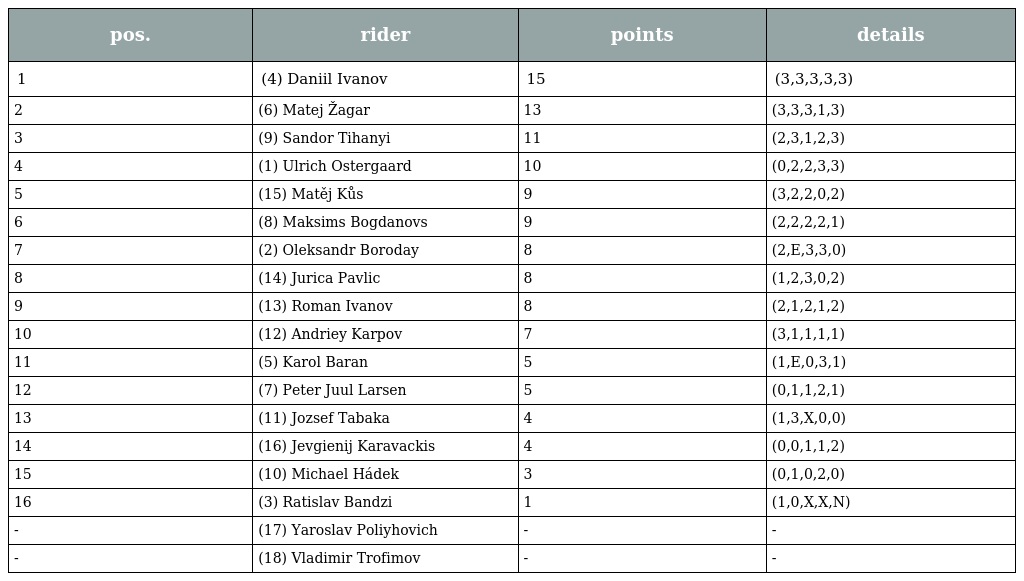
| pos. | rider | points | details |
 | --- | --- | --- | --- |
 | 1 | (4) Daniil Ivanov | 15 | (3,3,3,3,3) |
 | 2 | (6) Matej Žagar | 13 | (3,3,3,1,3) |
 | 3 | (9) Sandor Tihanyi | 11 | (2,3,1,2,3) |
 | 4 | (1) Ulrich Ostergaard | 10 | (0,2,2,3,3) |
 | 5 | (15) Matěj Kůs | 9 | (3,2,2,0,2) |
 | 6 | (8) Maksims Bogdanovs | 9 | (2,2,2,2,1) |
 | 7 | (2) Oleksandr Boroday | 8 | (2,E,3,3,0) |
 | 8 | (14) Jurica Pavlic | 8 | (1,2,3,0,2) |
 | 9 | (13) Roman Ivanov | 8 | (2,1,2,1,2) |
 | 10 | (12) Andriey Karpov | 7 | (3,1,1,1,1) |
 | 11 | (5) Karol Baran | 5 | (1,E,0,3,1) |
 | 12 | (7) Peter Juul Larsen | 5 | (0,1,1,2,1) |
 | 13 | (11) Jozsef Tabaka | 4 | (1,3,X,0,0) |
 | 14 | (16) Jevgienij Karavackis | 4 | (0,0,1,1,2) |
 | 15 | (10) Michael Hádek | 3 | (0,1,0,2,0) |
 | 16 | (3) Ratislav Bandzi | 1 | (1,0,X,X,N) |
 | - | (17) Yaroslav Poliyhovich | - | - |
 | - | (18) Vladimir Trofimov | - | - |